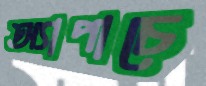
অ্যাপাচে